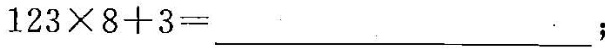
$$1 2 3 \times 8 + 3 = ___$$；